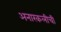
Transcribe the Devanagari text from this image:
अनारकलीची